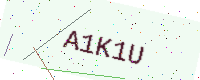
Text: A1K1U